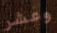
وعشر